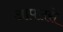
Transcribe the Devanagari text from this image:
आपलसे